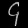
Digit: ၄